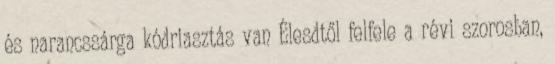
és narancssárga kódriasztás van Élesdtől felfele a révi szorosban,